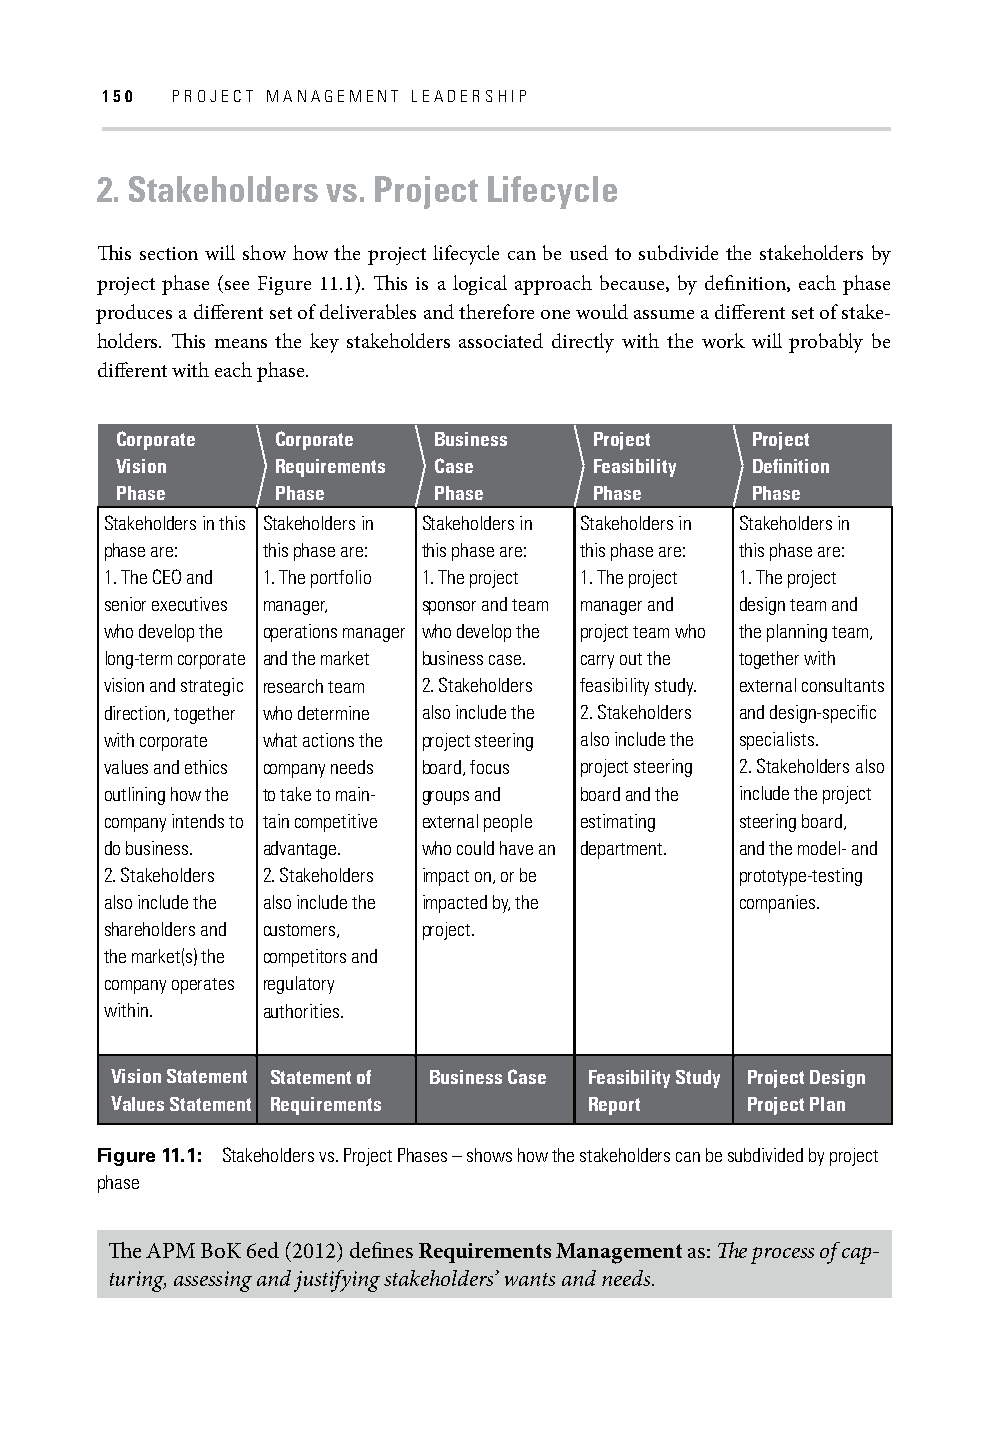
150 PROJECT MANAGEMENT LEADERSHIP
 2. Stakeholders vs. Project Lifecycle
 Th is section will show how the project lifecycle can be used to subdivide the stakeholders by
 project phase (see Figure 11.1). Th is is a logical approach because, by defi nition, each phase
 produces a diff erent set of deliverables and therefore one would assume a diff erent set of stake-
 holders. Th is means the key stakeholders associated directly with the work will probably be
 diff erent with each phase.
 Corporate Corporate  Business  Project    Project
 Vision    Requirements Case    Feasibility Defi nition
 Phase     Phase      Phase     Phase      Phase
 Stakeholders in this Stakeholders in Stakeholders in Stakeholders in Stakeholders in
 phase are: this phase are: this phase are: this phase are: this phase are:
 1. The CEO and 1. The portfolio 1. The project 1. The project 1. The project
 senior executives manager, sponsor and team manager and design team and
 who develop the operations manager who develop the project team who the planning team,
 long-term corporate and the market business case. carry out the together with
 vision and strategic research team 2. Stakeholders feasibility study. external consultants
 direction, together who determine also include the 2. Stakeholders and design-specifi c
 with corporate what actions the project steering also include the specialists.
 values and ethics company needs board, focus project steering 2. Stakeholders also
 outlining how the to take to main- groups and board and the include the project
 company intends to tain competitive external people estimating steering board,
 do business. advantage. who could have an department. and the model- and
 2. Stakeholders 2. Stakeholders impact on, or be prototype-testing
 also include the also include the impacted by, the companies.
 shareholders and customers, project.
 the market(s) the competitors and
 company operates regulatory
 within.   authorities.
 Vision Statement Statement of Business Case Feasibility Study Project Design
 Values Statement Requirements   Report    Project Plan
 Figure 11.1: Stakeholders vs. Project Phases – shows how the stakeholders can be subdivided by project
 phase
 Th e APM BoK 6ed (2012) defi nes Requirements Management as: Th e process of cap-
 turing, assessing and justifying stakeholders’ wants and needs.